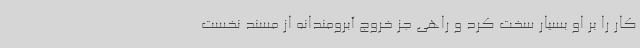
کار را بر او بسیار سخت کرد و راهی جز خروج آبرومندانه از مسند نخست